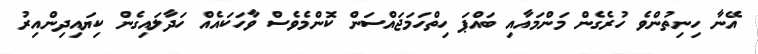
އޭނާ ހިނިތުންވެ ހުރެގެން މަންމައާއި ބައްޕަ ހިތްހަމަޖައްސަން ކޮންމެވެސް ވާހަކައެއް ހަދާލައިގެން ކިޔައިދިންއިރު